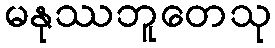
မနုဿဘူတေသု